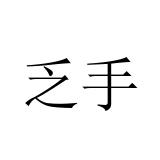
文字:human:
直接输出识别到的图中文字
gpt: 乏手